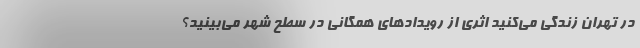
در تهران زندگی می‌کنید اثری از رویدادهای همگانی در سطح شهر می‌بینید؟